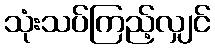
သုံးသပ်ကြည့်လျှင်